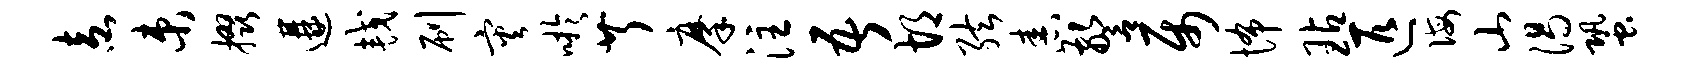
盍束掇遘较刷灾吁芹摩注吾胡弦舂警属怖玷匹诲山渴蛩